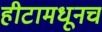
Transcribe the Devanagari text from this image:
हीटामधूनच